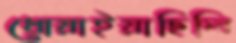
ধোয়াইয়াছিলি